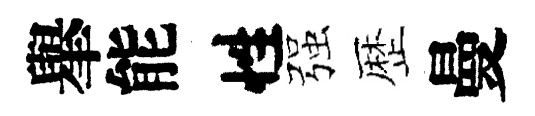
𦦙能性强歴曼